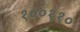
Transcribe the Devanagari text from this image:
१००११०